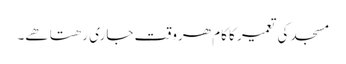
مسجد کی تعمیر کا کام ھروقت جاری رھتا ھے۔